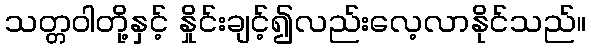
သတ္တဝါတို့နှင့် နှိုင်းချင့်၍လည်းလေ့လာနိုင်သည်။